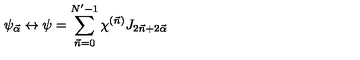
\psi _ { \vec { \alpha } } \leftrightarrow \psi = \sum _ { \vec { n } = 0 } ^ { N ^ { \prime } - 1 } \chi ^ { ( \vec { n } ) } J _ { 2 \vec { n } + 2 \vec { \alpha } }